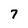
Character: 7